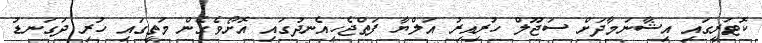
ކޮޓަރީގައި އިޝާނަމާދަށް ސަޖޫލް ހުރިއިރު އަލްޔާ ފަތްޖެހިއެނދުގައި އޮށޯވެގެން މަތީގައި ހުރި ދަގަނޑު